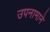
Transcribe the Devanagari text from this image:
उपनामाने